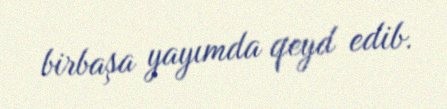
birbaşa yayımda qeyd edib.